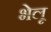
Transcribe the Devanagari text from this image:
भेलू